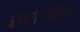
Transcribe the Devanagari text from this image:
अवोरोधित